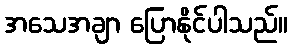
အသေအချာ ပြောနိုင်ပါသည်။